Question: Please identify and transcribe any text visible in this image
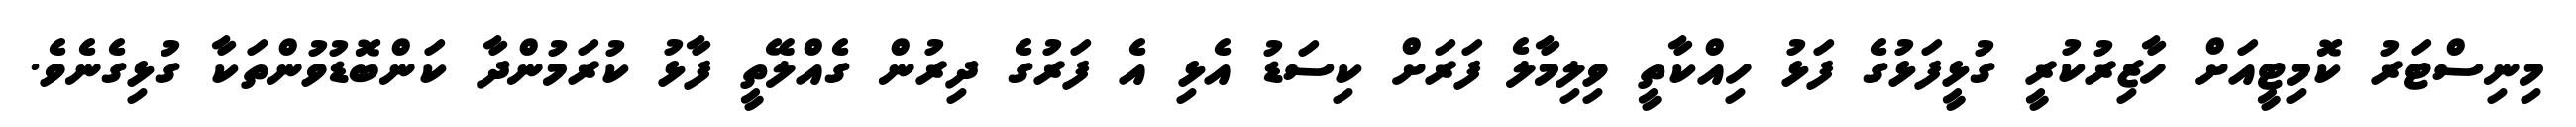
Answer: މިނިސްޓަރު ކޮމިޓީއަށް ހާޒިރުކުރީ ގުޅީފަޅުގެ ފަޅު ހިއްކާތީ ވިލިމާލެ ފަރަށް ކިސަޑު އެޅި އެ ފަރުގެ ދިރުން ގެއްލޭތީ ފާޅު ކުރަމުންދާ ކަންބޮޑުވުންތަކާ ގުޅިގެނެވެ.